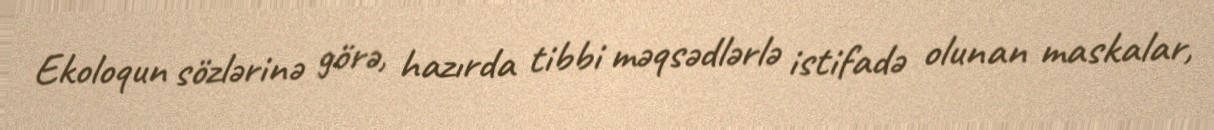
Ekoloqun sözlərinə görə, hazırda tibbi məqsədlərlə istifadə olunan maskalar,